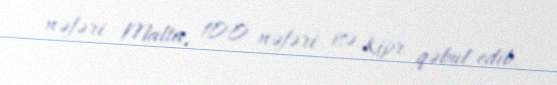
nəfəri Malta, 100 nəfəri isə Kipr qəbul edib.